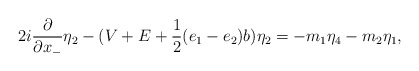
\begin{align*}2i \frac{\partial}{\partial x_{-}} {\eta}_2 -(V+E + \frac{1}{2}(e_1-e_2)b ) {\eta}_2= -m_1 {\eta}_4 - m_2 {\eta}_1,\end{align*}